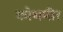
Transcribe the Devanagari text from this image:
कोथमीर